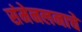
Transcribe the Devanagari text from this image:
संमेनलनाचे